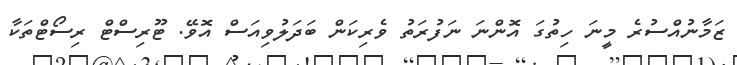
ޒަމާނުއްސުރެ މީނަ ހިތުގަ އޮންނަ ނަފުރަތު ވެރިކަން ބަދަލުވިއަސް އޮވޭ. ޓޫރިސްޓް ރިސޯޓްތަކާ